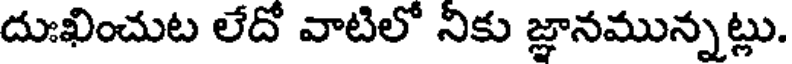
దుఃఖించుట లేదో వాటిలో నికు జ్ఞానమున్నట్లు.